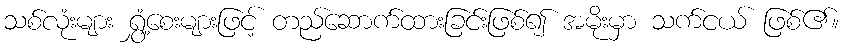
သစ်လုံးများ ရွှံ့စေးများဖြင့် တည်ဆောက်ထားခြင်းဖြစ်၍ အမိုးမှာ သက်ငယ် ဖြစ်၏။